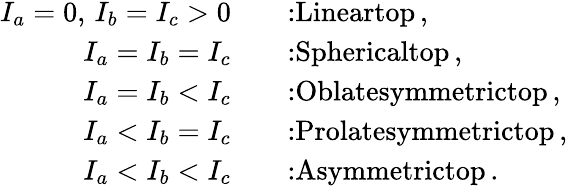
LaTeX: \begin{array}{rl}{I_{a}=0,\, I_{b}=I_{c}>0\quad}&{\textrm{:Lineartop}\, ,}\\ {I_{a}=I_{b}=I_{c}\quad}&{\textrm{:Sphericaltop}\, ,}\\ {I_{a}=I_{b}<I_{c}\quad}&{\textrm{:Oblatesymmetrictop}\, ,}\\ {I_{a}<I_{b}=I_{c}\quad}&{\textrm{:Prolatesymmetrictop}\, ,}\\ {I_{a}<I_{b}<I_{c}\quad}&{\textrm{:Asymmetrictop}\, .}\end{array}